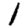
Digit: 1